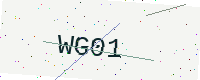
Text: WG01